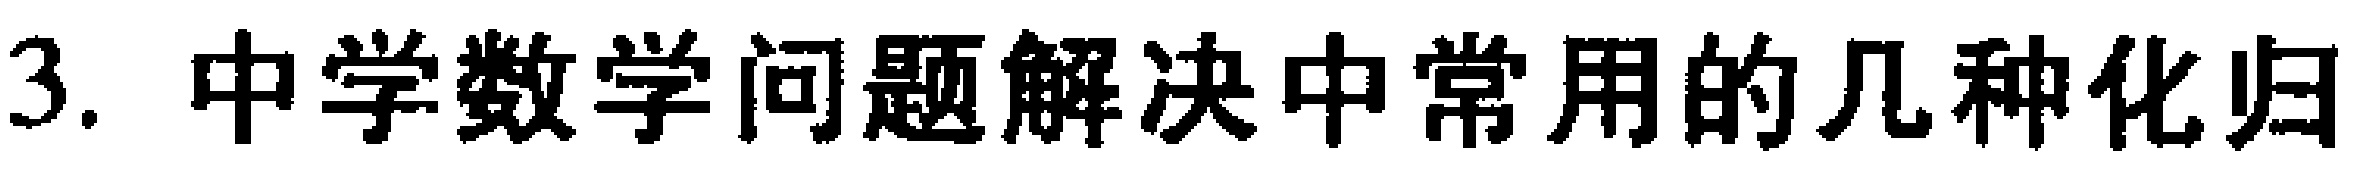
3. 中学数学问题解决中常用的几种化归